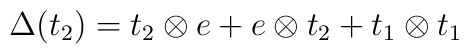
\Delta(t_2)=t_2 \otimes e+e\otimes t_2+t_1\otimes t_1